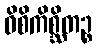
ဝိစိကိစ္ဆိတဉ္စ